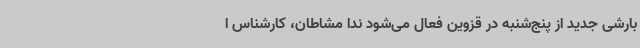
بارشی جدید از پنج‌شنبه در قزوین فعال می‌شود ندا مشاطان، کارشناس ا